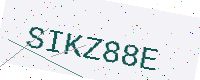
Text: SIKZ88E